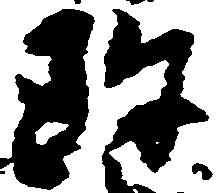
珍